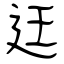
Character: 迋